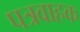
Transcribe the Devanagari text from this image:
पत्रवाहक